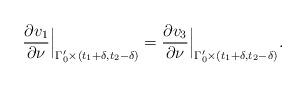
LaTeX: \begin{align*} \frac{\partial v_1}{\partial \nu}\Big|_{\Gamma_0'\times(t_1+\delta,t_2-\delta)}= \frac{\partial v_3}{\partial \nu}\Big|_{\Gamma_0'\times(t_1+\delta,t_2-\delta)}. \end{align*}